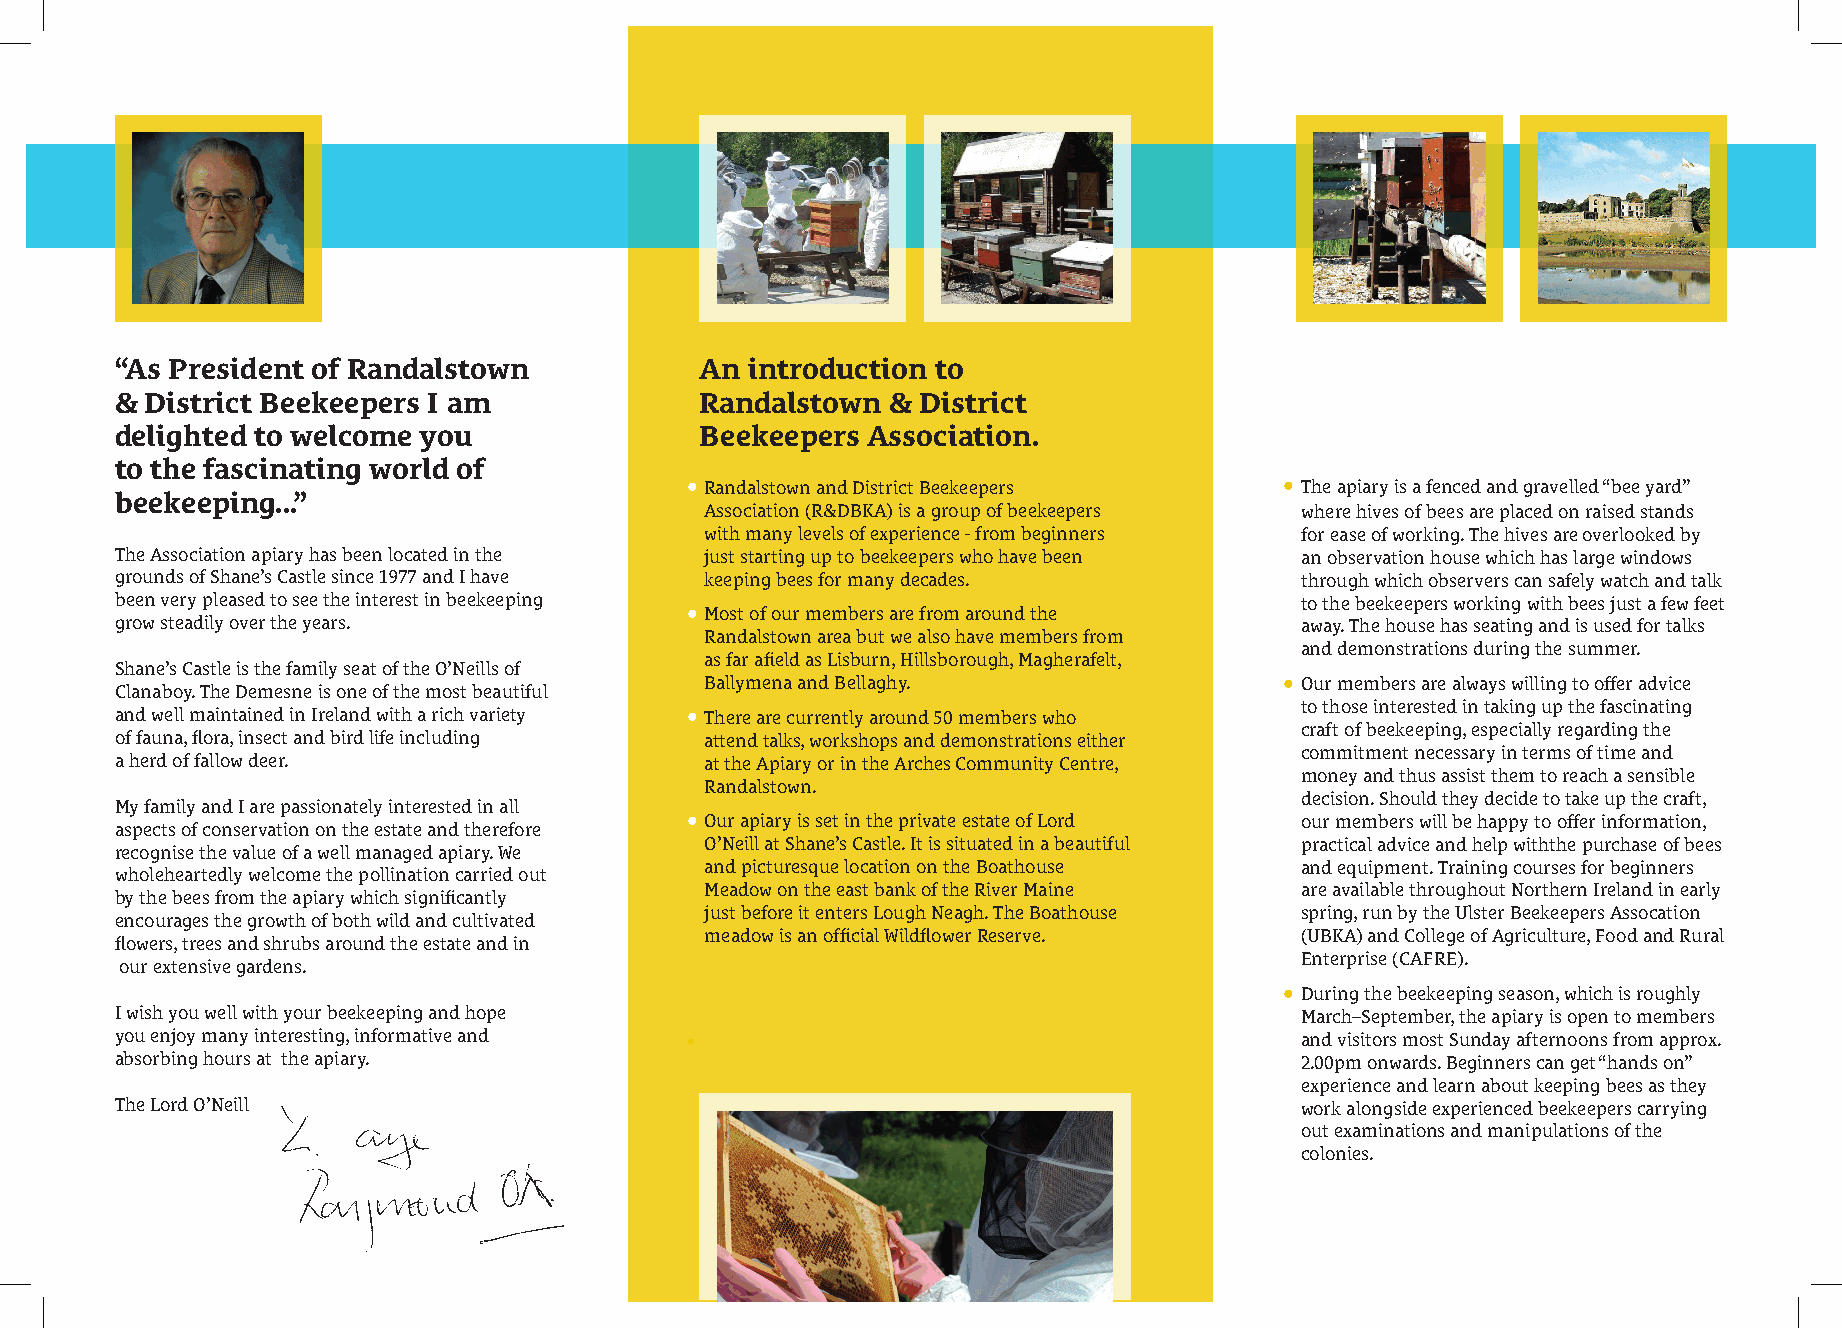
“As President of Randalstown          An  introduction to
 & District Beekeepers I am            Randalstown  & District
 delighted to welcome you              Beekeepers Association.
 to the fascinating world of
 • Randalstown and District Beekeepers  • The apiary is a fenced and gravelled “bee yard”
 beekeeping...”
 Association (R&DBKA) is a group of beekeepers where hives of bees are placed on raised stands
 with many levels of experience - from beginners for ease of working. The hives are overlooked by
 The Association apiary has been located in the just starting up to beekeepers who have been an observation house which has large windows
 grounds of Shane’s Castle since 1977 and I have keeping bees for many decades. through which observers can safely watch and talk
 been very pleased to see the interest in beekeeping • Most of our members are from around the to the beekeepers working with bees just a few feet
 grow steadily over the years.                                                 away. The house has seating and is used for talks
 Randalstown area but we also have members from
 and demonstrations during the summer.
 as far afield as Lisburn, Hillsborough, Magherafelt,
 Shane’s Castle is the family seat of the O’Neills of
 Clanaboy. The Demesne is one of the most beautiful
 Ballymena and Bellaghy.               • Our members are always willing to offer advice
 and well maintained in Ireland with a rich variety • There are currently around 50 members who to those interested in taking up the fascinating
 craft of beekeeping, especially regarding the
 of fauna, flora, insect and bird life including attend talks, workshops and demonstrations either
 commitment necessary in terms of time and
 a herd of fallow deer.                 at the Apiary or in the Arches Community Centre,
 money and thus assist them to reach a sensible
 Randalstown.
 decision. Should they decide to take up the craft,
 My family and I are passionately interested in all
 aspects of conservation on the estate and therefore
 • Our apiary is set in the private estate of Lord our members will be happy to offer information,
 O’Neill at Shane’s Castle. It is situated in a beautiful practical advice and help withthe purchase of bees
 recognise the value of a well managed apiary. We
 and picturesque location on the Boathouse and equipment. Training courses for beginners
 wholeheartedly welcome the pollination carried out
 Meadow on the east bank of the River Maine are available throughout Northern Ireland in early
 by the bees from the apiary which significantly
 just before it enters Lough Neagh. The Boathouse spring, run by the Ulster Beekeepers Assocation
 encourages the growth of both wild and cultivated
 meadow is an official Wildflower Reserve. (UBKA) and College of Agriculture, Food and Rural
 flowers, trees and shrubs around the estate and in
 Enterprise (CAFRE).
 our extensive gardens.
 • During the beekeeping season, which is roughly
 I wish you well with your beekeeping and hope                                 March–September, the apiary is open to members
 you enjoy many interesting, informative and •                                 and visitors most Sunday afternoons from approx.
 absorbing hours at the apiary.                                                2.00pm onwards. Beginners can get “hands on”
 experience and learn about keeping bees as they
 The Lord O’Neill                                                              work alongside experienced beekeepers carrying
 out examinations and manipulations of the
 colonies.